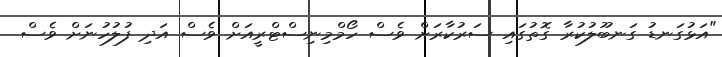
"އަޅުގަނޑު ގަނބޫލުކުރާ ގޮތުގައި ސަރުކާރަށް ވެސް ހޯމްމިނިސްޓްރީއަށް ވެސް އަދި ފުލުހުނަށް ވެސް